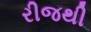
રીજથી